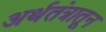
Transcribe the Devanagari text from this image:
अर्थतंत्रातून